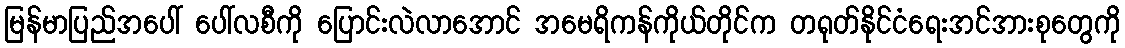
မြန်မာပြည်အပေါ် ပေါ်လစီကို ပြောင်းလဲလာအောင် အမေရိကန်ကိုယ်တိုင်က တရုတ်နိုင်ငံရေးအင်အားစုတွေကို